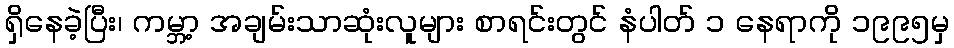
ရှိနေခဲ့ပြီး၊ ကမ္ဘာ့ အချမ်းသာဆုံးလူများ စာရင်းတွင် နံပါတ် ၁ နေရာကို ၁၉၉၅မှ